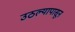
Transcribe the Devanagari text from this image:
उठल्यापासून